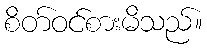
စိတ်ဝင်စားမိသည်။